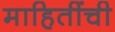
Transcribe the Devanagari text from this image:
माहितींची